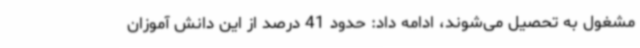
مشغول به تحصیل می‌شوند، ادامه داد: حدود 41 درصد از این دانش آموزان